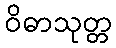
ဝိဓာသုတ္တ